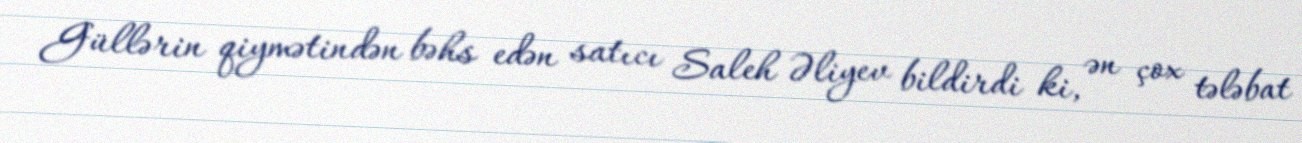
Güllərin qiymətindən bəhs edən satıcı Saleh Əliyev bildirdi ki, ən çox tələbat